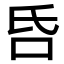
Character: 𠯑